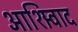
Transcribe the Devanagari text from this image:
आशिर्‍वाद